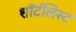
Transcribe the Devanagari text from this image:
शॉर्टलिस्ट